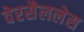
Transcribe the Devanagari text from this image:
वेरसैललेस